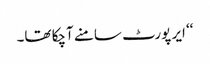
‘‘ ایر پورٹ سامنے آچکا تھا۔